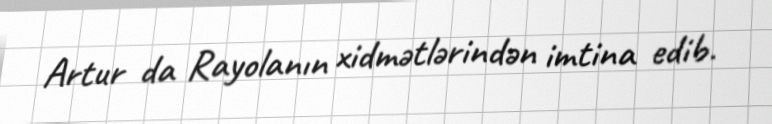
Artur da Rayolanın xidmətlərindən imtina edib.